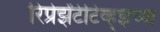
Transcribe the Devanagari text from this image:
रिप्रेझेंटेटिव्ह्झच्या